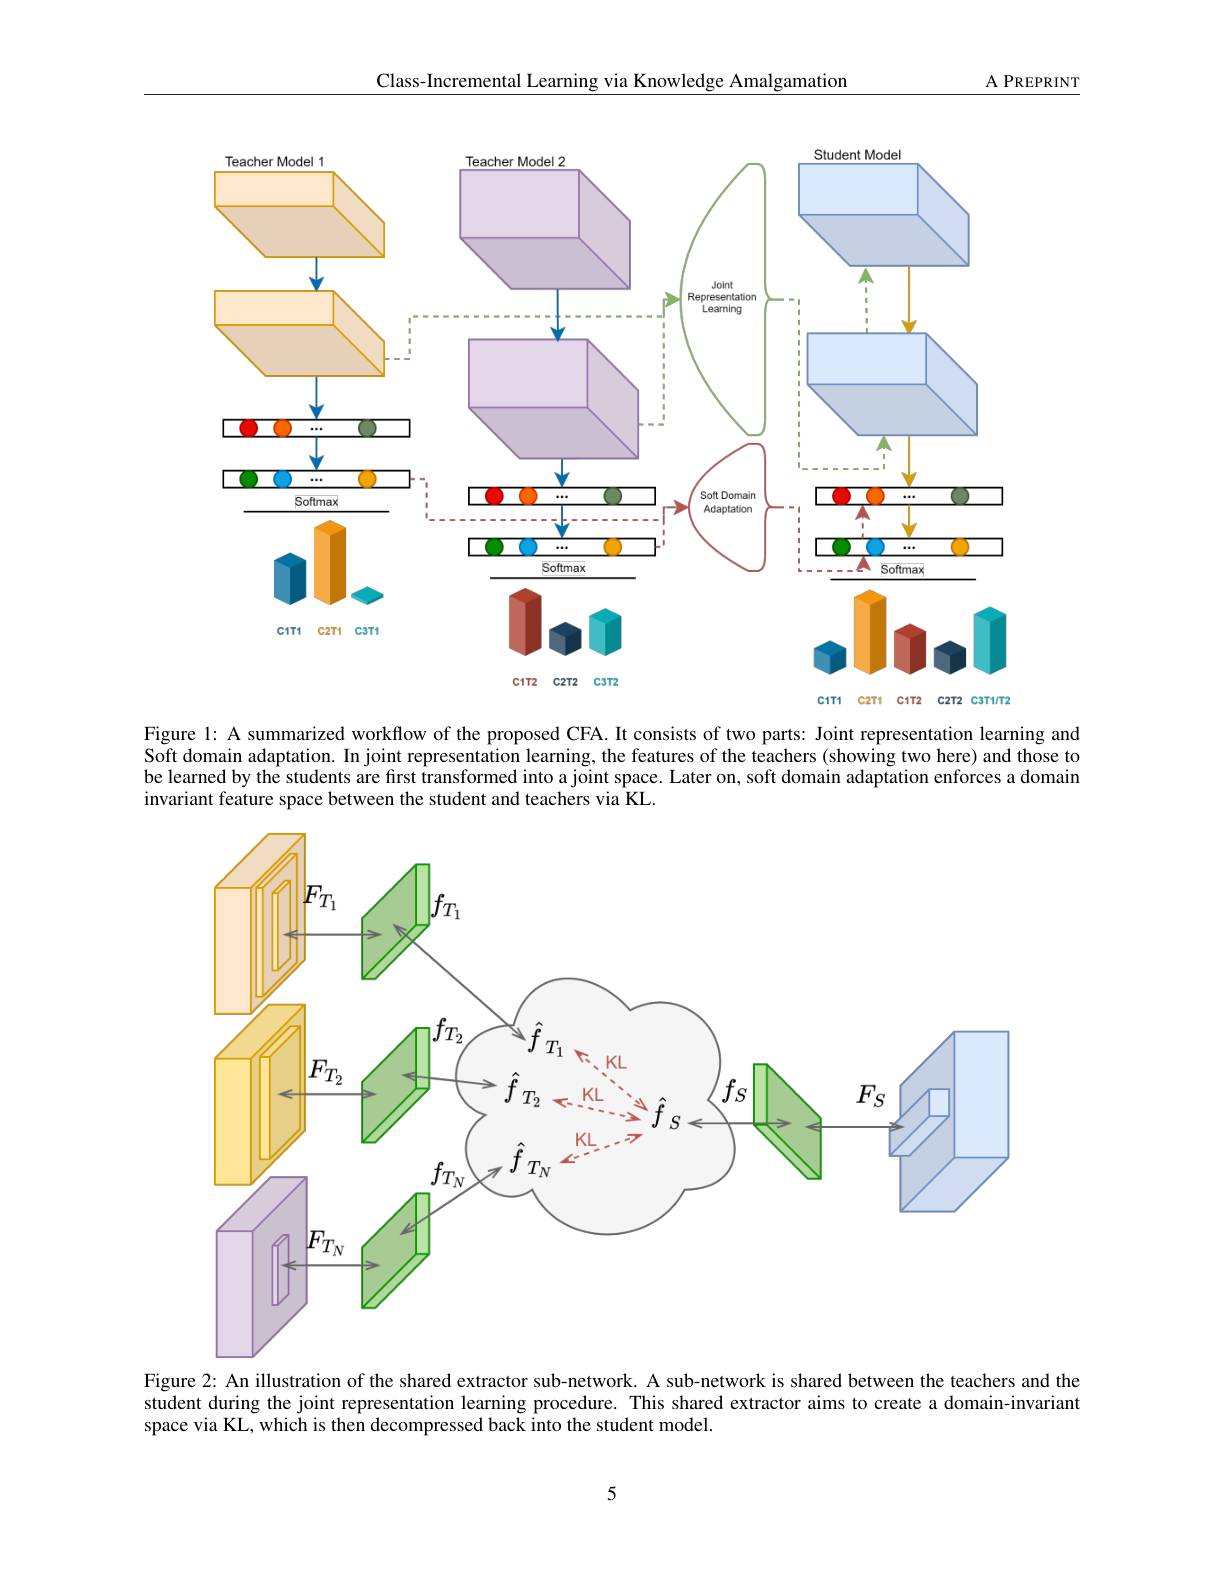
Class-Incremental Learning via Knowledge Amalgamation

${\mathrm{A~PREPRINT}}$

<FigureHere>
C1T2 C2T2 C3T2

C1T1 C2T1 C1T2 C2T2 C3T1/T2

Figure l: A summarized workflow of the proposed CFA. It consists of two parts: Joint representation learning and Soft domain adaptation. In joint representation learning, the features of the teachers (showing two here) and those to be learned by the students are first transformed into a jõint space. Later on, soft domain adaptation enforces a domain invariant feature space between the student and teachers via KL.

<FigureHere>

Figure 2: An illustration of the shared extractor sub-network. A sub-network is shared between the teachers and the student during the joint representation learning procedure. This shared extractor aims to create a domain-invariant space via KL, which is then decompressed back into the student model.

5